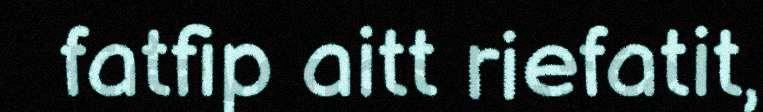
fatfip aitt riefatit,